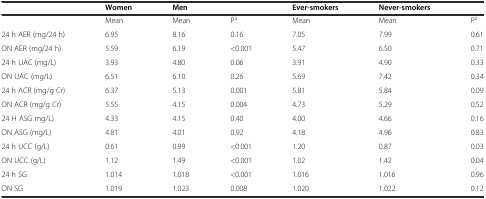
|  | Women | Men |  | Ever-smokers | Never-smokers |  |
 | --- | --- | --- | --- | --- | --- | --- |
 |  | Mean | Mean | Pa | Mean | Mean | Pa |
 | 24 h AER (mg/24 h) | 6.95 | 8.16 | 0.16 | 7.05 | 7.99 | 0.61 |
 | ON AER (mg/24 h) | 5.59 | 6.19 | <0.001 | 5.47 | 6.50 | 0.71 |
 | 24 h UAC (mg/L) | 3.93 | 4.80 | 0.06 | 3.91 | 4.90 | 0.33 |
 | ON UAC (mg/L) | 6.51 | 6.10 | 0.26 | 5.69 | 7.42 | 0.34 |
 | 24 h ACR (mg/g Cr) | 6.37 | 5.13 | 0.001 | 5.81 | 5.84 | 0.09 |
 | ON ACR (mg/g Cr) | 5.55 | 4.15 | 0.004 | 4.73 | 5.29 | 0.52 |
 | 24 H ASG mg/L) | 4.33 | 4.15 | 0.40 | 4.00 | 4.66 | 0.16 |
 | ON ASG (mg/L) | 4.81 | 4.01 | 0.92 | 4.18 | 4.96 | 0.83 |
 | 24 h UCC (g/L) | 0.61 | 0.99 | <0.001 | 1.20 | 0.87 | 0.03 |
 | ON UCC (g/L) | 1.12 | 1.49 | <0.001 | 1.02 | 1.42 | 0.04 |
 | 24 h SG | 1.014 | 1.018 | <0.001 | 1.016 | 1.016 | 0.96 |
 | ON SG | 1.019 | 1.023 | 0.008 | 1.020 | 1.022 | 0.12 |